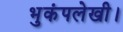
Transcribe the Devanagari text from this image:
भुकंपलेखी।